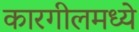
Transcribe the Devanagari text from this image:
कारगीलमध्ये